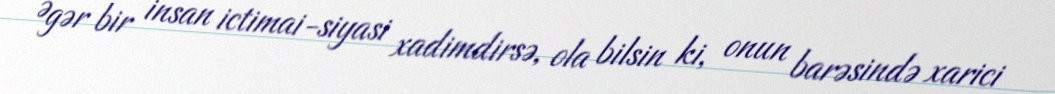
Əgər bir insan ictimai-siyasi xadimdirsə, ola bilsin ki, onun barəsində xarici